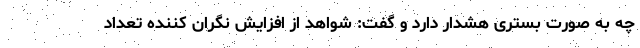
چه به صورت بستری هشدار دارد و گفت: شواهد از افزایش نگران کننده تعداد